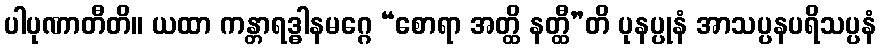
ပါပုဏာတီတိ။ ယထာ ကန္တာရဒ္ဓါနမဂ္ဂေ “စောရာ အတ္ထိ နတ္ထီ”တိ ပုနပ္ပုနံ အာသပ္ပနပရိသပ္ပနံ